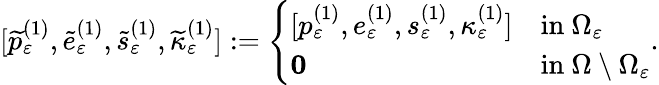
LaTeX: [\widetilde{p}_{\varepsilon}^{(1)},\widetilde{e}_{\varepsilon}^{(1)},\widetilde{s}_{\varepsilon}^{(1)},\widetilde{\kappa}_{\varepsilon}^{(1)}]:=\left\{ \begin{array}{ll}{[p_{\varepsilon}^{(1)},e_{\varepsilon}^{(1)},s_{\varepsilon}^{(1)},\kappa_{\varepsilon}^{(1)}]}&{\mathrm{in~}\Omega_{\varepsilon}}\\ {\textbf{0}}&{\mathrm{in~}\Omega\setminus\Omega_{\varepsilon}}\end{array}\right..